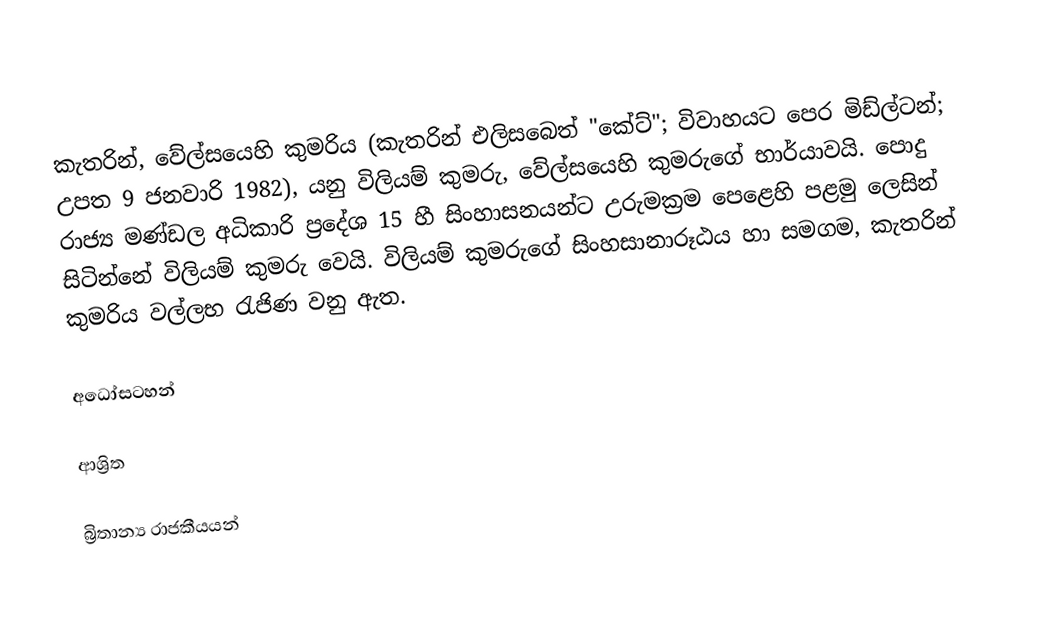
කැතරින්, වේල්සයෙහි කුමරිය (කැතරින් එලිසබෙත් "කේට්"; විවාහයට පෙර මිඩ්ල්ටන්; උපත 9 ජනවාරි 1982), යනු  විලියම් කුමරු, වේල්සයෙහි කුමරුගේ භාර්යාවයි.  පොදු රාජ්‍ය මණ්ඩල අධිකාරි ප්‍රදේශ 15 හී සිංහාසනයන්ට උරුමක්‍රම පෙළෙහි පළමු ලෙසින් සිටින්නේ විලියම් කුමරු වෙයි. විලියම් කුමරුගේ  සිංහසානාරූඨය හා සමගම, කැතරින් කුමරිය වල්ලභ රැජිණ වනු ඇත.

අධෝසටහන්

ආශ්‍රිත

බ්‍රිතාන්‍ය රාජකීයයන්